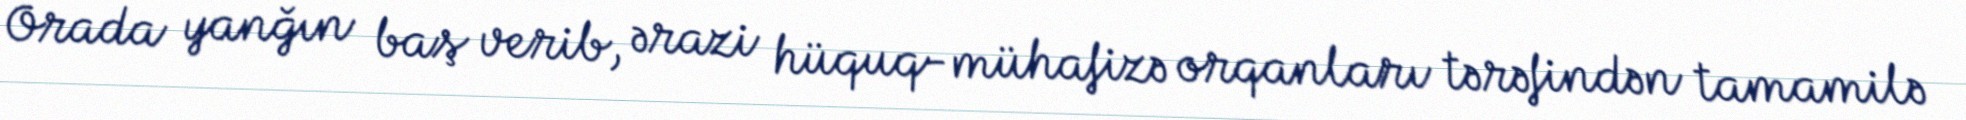
Orada yanğın baş verib, ərazi hüquq-mühafizə orqanları tərəfindən tamamilə